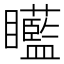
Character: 𥍍